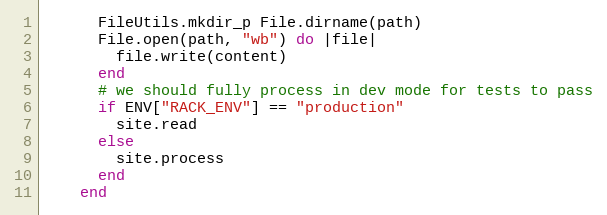
Language: Ruby
      FileUtils.mkdir_p File.dirname(path)
      File.open(path, "wb") do |file|
        file.write(content)
      end
      # we should fully process in dev mode for tests to pass
      if ENV["RACK_ENV"] == "production"
        site.read
      else
        site.process
      end
    end